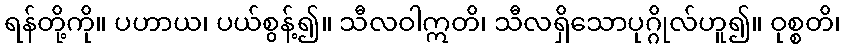
ရန်တို့ကို။ ပဟာယ၊ ပယ်စွန့်၍။ သီလဝါဣတိ၊ သီလရှိသောပုဂ္ဂိုလ်ဟူ၍။ ဝုစ္စတိ၊